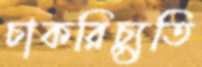
চাকরিচ্যুতি